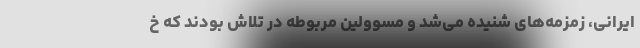
ایرانی، زمزمه‌های شنیده می‌شد و مسوولین مربوطه در تلاش بودند که خ